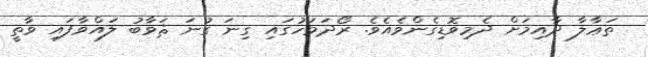
ތަޢާލާ ދާއިމަށް ދެމިވޮޑިގެންވެއެވެ. ރޯދަމަހުގައި ގިނަ ގުނަ ޘަވާބު ލައްވާފައި ވާތީ